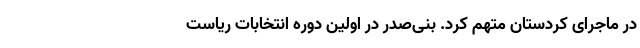
در ماجرای کردستان متهم کرد. بنی‌صدر در اولین دوره انتخابات ریاست